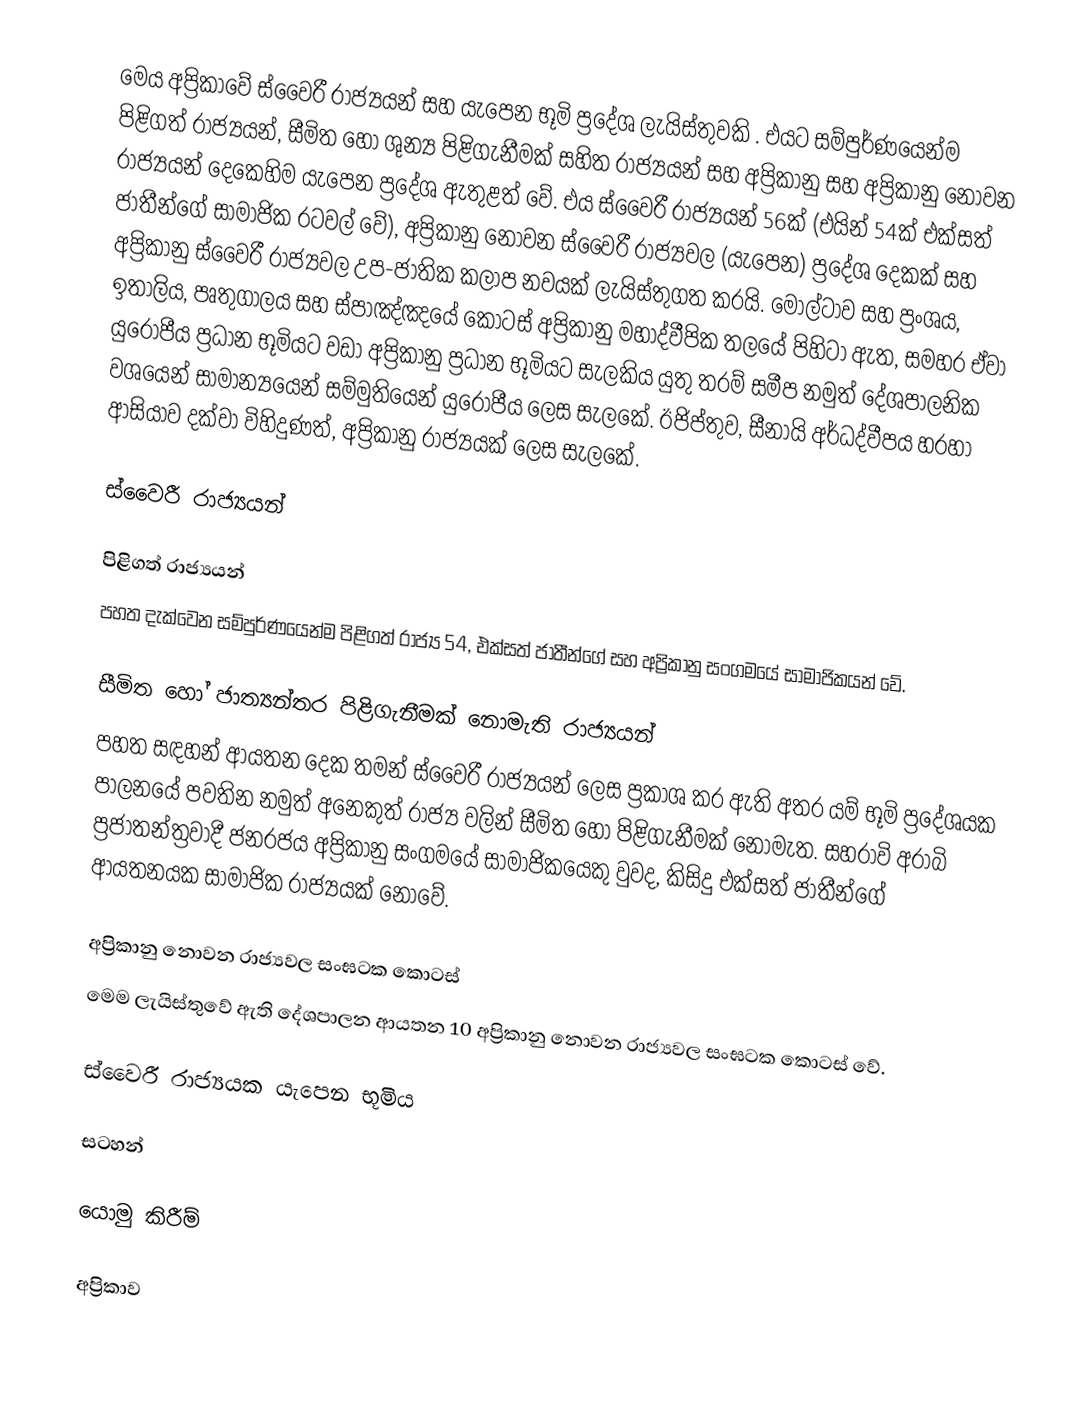
මෙය අප්‍රිකාවේ ස්වෛරී රාජ්‍යයන් සහ යැපෙන භූමි ප්‍රදේශ ලැයිස්තුවකි . එයට සම්පුර්ණයෙන්ම පිළිගත් රාජ්‍යයන්, සීමිත හෝ ශුන්‍ය පිළිගැනීමක් සහිත රාජ්‍යයන් සහ අප්‍රිකානු සහ අප්‍රිකානු නොවන රාජ්‍යයන් දෙකෙහිම යැපෙන ප්‍රදේශ ඇතුළත් වේ. එය ස්වෛරී රාජ්‍යයන් 56ක් (එයින් 54ක් එක්සත් ජාතීන්ගේ සාමාජික රටවල් වේ), අප්‍රිකානු නොවන ස්වෛරී රාජ්‍යවල (යැපෙන) ප්‍රදේශ දෙකක් සහ අප්‍රිකානු ස්වෛරී රාජ්‍යවල උප-ජාතික කලාප නවයක් ලැයිස්තුගත කරයි. මෝල්ටාව සහ ප්‍රංශය, ඉතාලිය, පෘතුගාලය සහ ස්පාඤ්ඤයේ කොටස් අප්‍රිකානු මහාද්වීපික තලයේ පිහිටා ඇත, සමහර ඒවා යුරෝපීය ප්‍රධාන භූමියට වඩා අප්‍රිකානු ප්‍රධාන භූමියට සැලකිය යුතු තරම් සමීප නමුත් දේශපාලනික වශයෙන් සාමාන්‍යයෙන් සම්මුතියෙන් යුරෝපීය ලෙස සැලකේ. ඊජිප්තුව, සීනායි අර්ධද්වීපය හරහා ආසියාව දක්වා විහිදුණත්, අප්‍රිකානු රාජ්‍යයක් ලෙස සැලකේ.

ස්වෛරී රාජ්‍යයන්

පිළිගත් රාජ්‍යයන්
පහත දැක්වෙන සම්පුර්ණයෙන්ම පිළිගත් රාජ්‍ය 54, එක්සත් ජාතීන්ගේ  සහ අප්‍රිකානු සංගමයේ සාමාජිකයන් වේ.

සීමිත හෝ ජාත්‍යන්තර පිළිගැනීමක් නොමැති රාජ්‍යයන්
පහත සඳහන් ආයතන දෙක තමන් ස්වෛරී රාජ්‍යයන් ලෙස ප්‍රකාශ කර ඇති අතර යම් භූමි ප්‍රදේශයක පාලනයේ පවතින නමුත් අනෙකුත් රාජ්‍ය වලින් සීමිත හෝ පිළිගැනීමක් නොමැත. සහරාවි අරාබි ප්‍රජාතන්ත්‍රවාදී ජනරජය අප්‍රිකානු සංගමයේ සාමාජිකයෙකු වුවද, කිසිදු එක්සත් ජාතීන්ගේ ආයතනයක සාමාජික රාජ්‍යයක් නොවේ.

අප්‍රිකානු නොවන රාජ්‍යවල සංඝටක කොටස්
මෙම ලැයිස්තුවේ ඇති දේශපාලන ආයතන 10 අප්‍රිකානු නොවන රාජ්‍යවල සංඝටක කොටස් වේ.

ස්වෛරී රාජ්‍යයක යැපෙන භූමිය

සටහන්

යොමු කිරීම්

අප්‍රිකාව